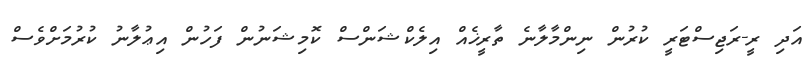
އަދި ރީ-ރަޖިސްޓަރީ ކުރުން ނިންމާލާނެ ތާރީޚެއް އިލެކްޝަންސް ކޮމިޝަނުން ފަހުން އިޢުލާނު ކުރުމަށްވެސް